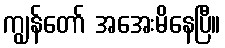
ကျွန်တော် အအေးမိနေပြီ။